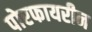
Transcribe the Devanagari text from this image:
पोरफायरीन